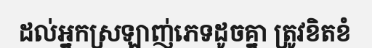
ដល់អ្នកស្រឡាញ់ភេទដូចគ្នា ត្រូវខិតខំ